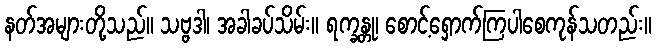
နတ်အများတို့သည်။ သဗ္ဗဒါ၊ အခါခပ်သိမ်း။ ရက္ခန္တု၊ စောင့်ရှောက်ကြပါစေကုန်သတည်း။